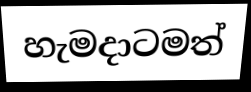
හැමදාටමත්